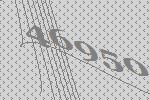
46950